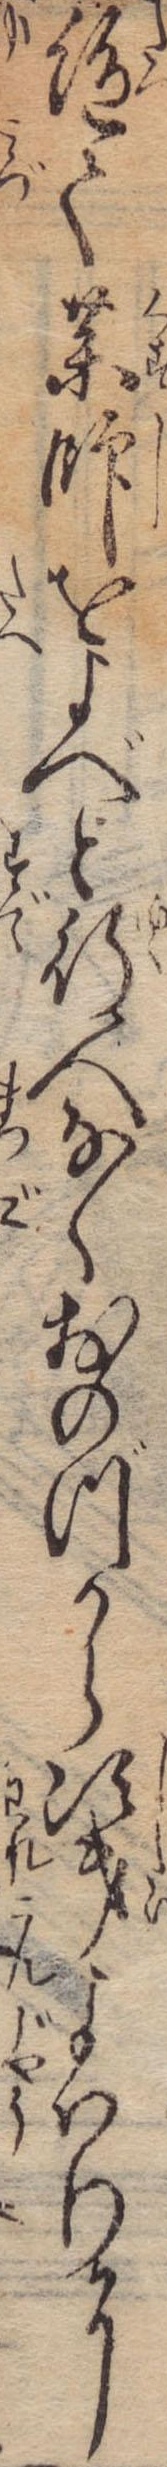
絶て薬師をよべと行人なくおのづから次第よはりに